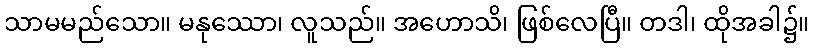
သာမမည်သော။ မနုဿော၊ လူသည်။ အဟောသိ၊ ဖြစ်လေပြီ။ တဒါ၊ ထိုအခါ၌။